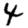
Digit: 4